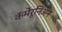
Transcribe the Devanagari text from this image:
कॅमेरूनिअन